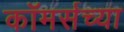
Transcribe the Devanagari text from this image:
कॉमर्सच्या